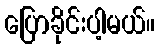
ပြောခိုင်းပါ့မယ်။